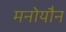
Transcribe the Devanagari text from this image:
मनोयौन